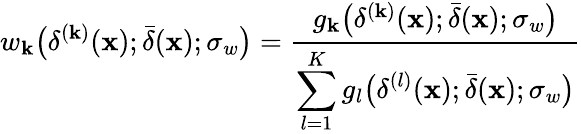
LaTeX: w_{\mathbf{k}}\bigl(\delta^{(\mathbf{k})}(\mathbf{{x}});\bar{{\delta}}(\mathbf{{x}});\sigma_{w}\bigr)=\frac{{g_{\mathbf{k}}\bigl(\delta^{(\mathbf{k})}(\mathbf{{x}});\bar{{\delta}}(\mathbf{{x}});\sigma_{w}\bigr)}}{{\displaystyle\sum_{l=1}^{K}g_{l}\bigl(\delta^{(l)}(\mathbf{{x}});\bar{{\delta}}(\mathbf{{x}});\sigma_{w}\bigr)}}